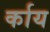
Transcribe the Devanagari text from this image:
र्काय